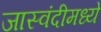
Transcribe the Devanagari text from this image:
जास्वंदीमध्ये